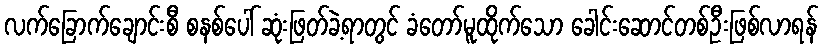
လက်ခြောက်ချောင်းစီ စနစ်ပေါ် ဆုံးဖြတ်ခဲ့ရာတွင် ခံတော်မူထိုက်သော ခေါင်းဆောင်တစ်ဦးဖြစ်လာရန်